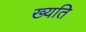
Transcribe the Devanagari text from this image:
ख्यति